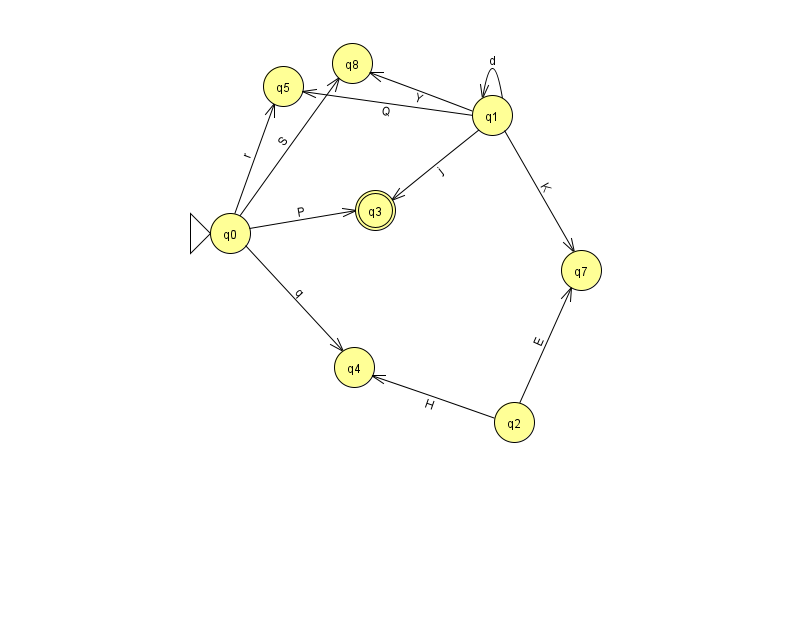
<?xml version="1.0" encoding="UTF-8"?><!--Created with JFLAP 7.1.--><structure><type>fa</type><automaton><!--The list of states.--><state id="0" name="q0"><x>230.0</x><y>220.0</y><initial/></state><state id="1" name="q1"><x>492.0</x><y>102.0</y></state><state id="2" name="q2"><x>514.0</x><y>409.0</y></state><state id="3" name="q3"><x>375.0</x><y>197.0</y><final/></state><state id="4" name="q4"><x>354.0</x><y>354.0</y></state><state id="5" name="q5"><x>283.0</x><y>73.0</y></state><state id="7" name="q7"><x>581.0</x><y>257.0</y></state><state id="8" name="q8"><x>352.0</x><y>50.0</y></state><!--The list of transitions.--><transition><from>0</from><to>4</to><read>q</read></transition><transition><from>2</from><to>4</to><read>H</read></transition><transition><from>0</from><to>5</to><read>r</read></transition><transition><from>1</from><to>1</to><read>d</read></transition><transition><from>2</from><to>7</to><read>E</read></transition><transition><from>0</from><to>3</to><read>P</read></transition><transition><from>1</from><to>3</to><read>j</read></transition><transition><from>1</from><to>7</to><read>K</read></transition><transition><from>0</from><to>8</to><read>S</read></transition><transition><from>1</from><to>8</to><read>Y</read></transition><transition><from>1</from><to>5</to><read>Q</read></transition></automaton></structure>